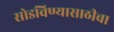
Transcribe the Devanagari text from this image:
सोडविण्यासाठीचा